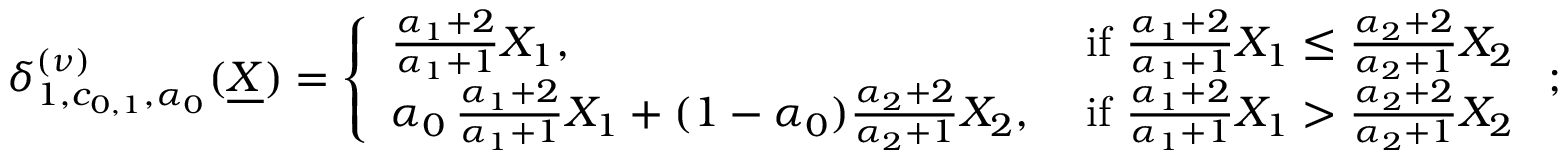
\begin{array} { r } { \delta _ { 1 , c _ { 0 , 1 } , \alpha _ { 0 } } ^ { ( \nu ) } ( \underline { { X } } ) = \left\{ \begin{array} { l l } { \frac { \alpha _ { 1 } + 2 } { \alpha _ { 1 } + 1 } X _ { 1 } , } & { \mathrm { ~ i f ~ } \frac { \alpha _ { 1 } + 2 } { \alpha _ { 1 } + 1 } X _ { 1 } \leq \frac { \alpha _ { 2 } + 2 } { \alpha _ { 2 } + 1 } X _ { 2 } } \\ { \alpha _ { 0 } \, \frac { \alpha _ { 1 } + 2 } { \alpha _ { 1 } + 1 } X _ { 1 } + ( 1 - \alpha _ { 0 } ) \frac { \alpha _ { 2 } + 2 } { \alpha _ { 2 } + 1 } X _ { 2 } , } & { \mathrm { ~ i f ~ } \frac { \alpha _ { 1 } + 2 } { \alpha _ { 1 } + 1 } X _ { 1 } > \frac { \alpha _ { 2 } + 2 } { \alpha _ { 2 } + 1 } X _ { 2 } } \end{array} \right. ; } \end{array}